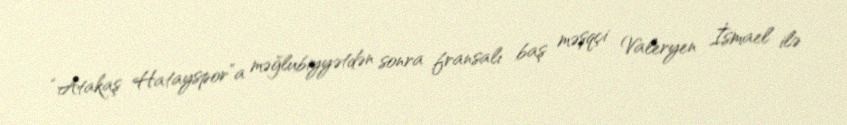
“Atakaş Hatayspor”a məğlubiyyətdən sonra fransalı baş məşqçi Valeryen İsmael ilə